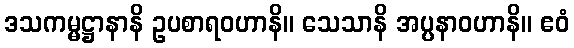
ဒသကမ္မဋ္ဌာနာနိ ဥပစာရဝဟာနိ။ သေသာနိ အပ္ပနာဝဟာနိ။ ဧဝံ